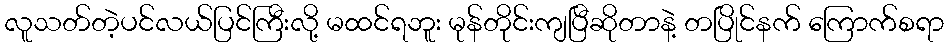
လူသတ်တဲ့ပင်လယ်ပြင်ကြီးလို့ မထင်ရဘူး မုန်တိုင်းကျပြီဆိုတာနဲ့ တပြိုင်နက် ကြောက်စရာ